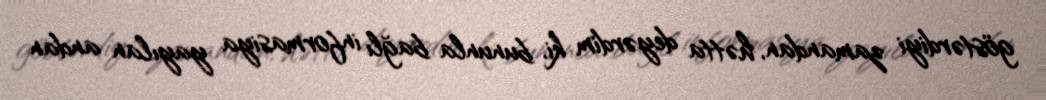
göstərdiyi zamandan, hətta deyərdim ki, bununla bağlı informasiya yayılan andan